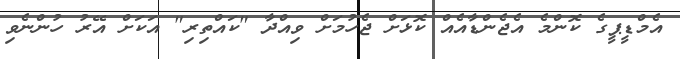
އެމްޑީޕީގެ ކޮންމެ އެޖެންޑާއެއް ކޮޅަށް ޖެހުމަށް ވިއްދާ "ކައްތިރި" އަކަށް އޭރު ހުންނެވި